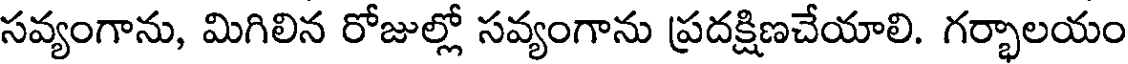
సవ్యంగాను, మిగిలిన రోజుల్లో సవ్యంగాను ప్రదక్షిణచేయాలి. గర్భాలయం